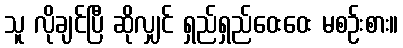
သူ လိုချင်ပြီ ဆိုလျှင် ရှည်ရှည်ဝေးဝေး မစဉ်းစား။